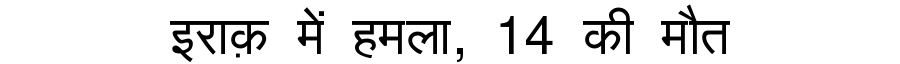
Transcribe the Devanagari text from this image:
इराक़ में हमला, 14 की मौत